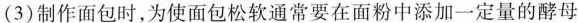
(3)制作面包时，为使面包松软通常要在面粉中添加一定量的酵母